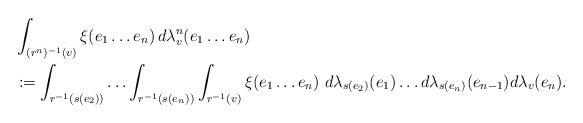
LaTeX: \begin{align*}&\int_{(r^n)^{-1}(v)} \xi (e_1 \ldots e_n) \, d\lambda_v^n (e_1 \ldots e_n) \\&:= \int_{r^{-1} (s(e_2))} \ldots \int_{r^{-1} (s(e_n))}\int_{r^{-1} (v)} \xi (e_1 \ldots e_n) \ d\lambda_{s(e_2)} (e_1) \ldots d\lambda_{s(e_n)} (e_{n-1}) d \lambda_{v} (e_n).\end{align*}